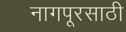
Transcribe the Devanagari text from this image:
नागपूरसाठी